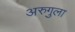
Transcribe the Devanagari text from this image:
अरुगुला